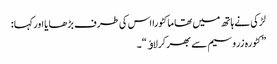
لڑکی نے ہاتھ میں تھا ما کٹورا اس کی طرف بڑھا یا اورکہا :
”کٹورہ زروسیم سے بھر کرلاﺅ“۔